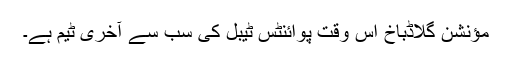
مؤنشن گلاڈباخ اس وقت پوائنٹس ٹیبل کی سب سے آخری ٹیم ہے۔